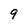
Character: 9